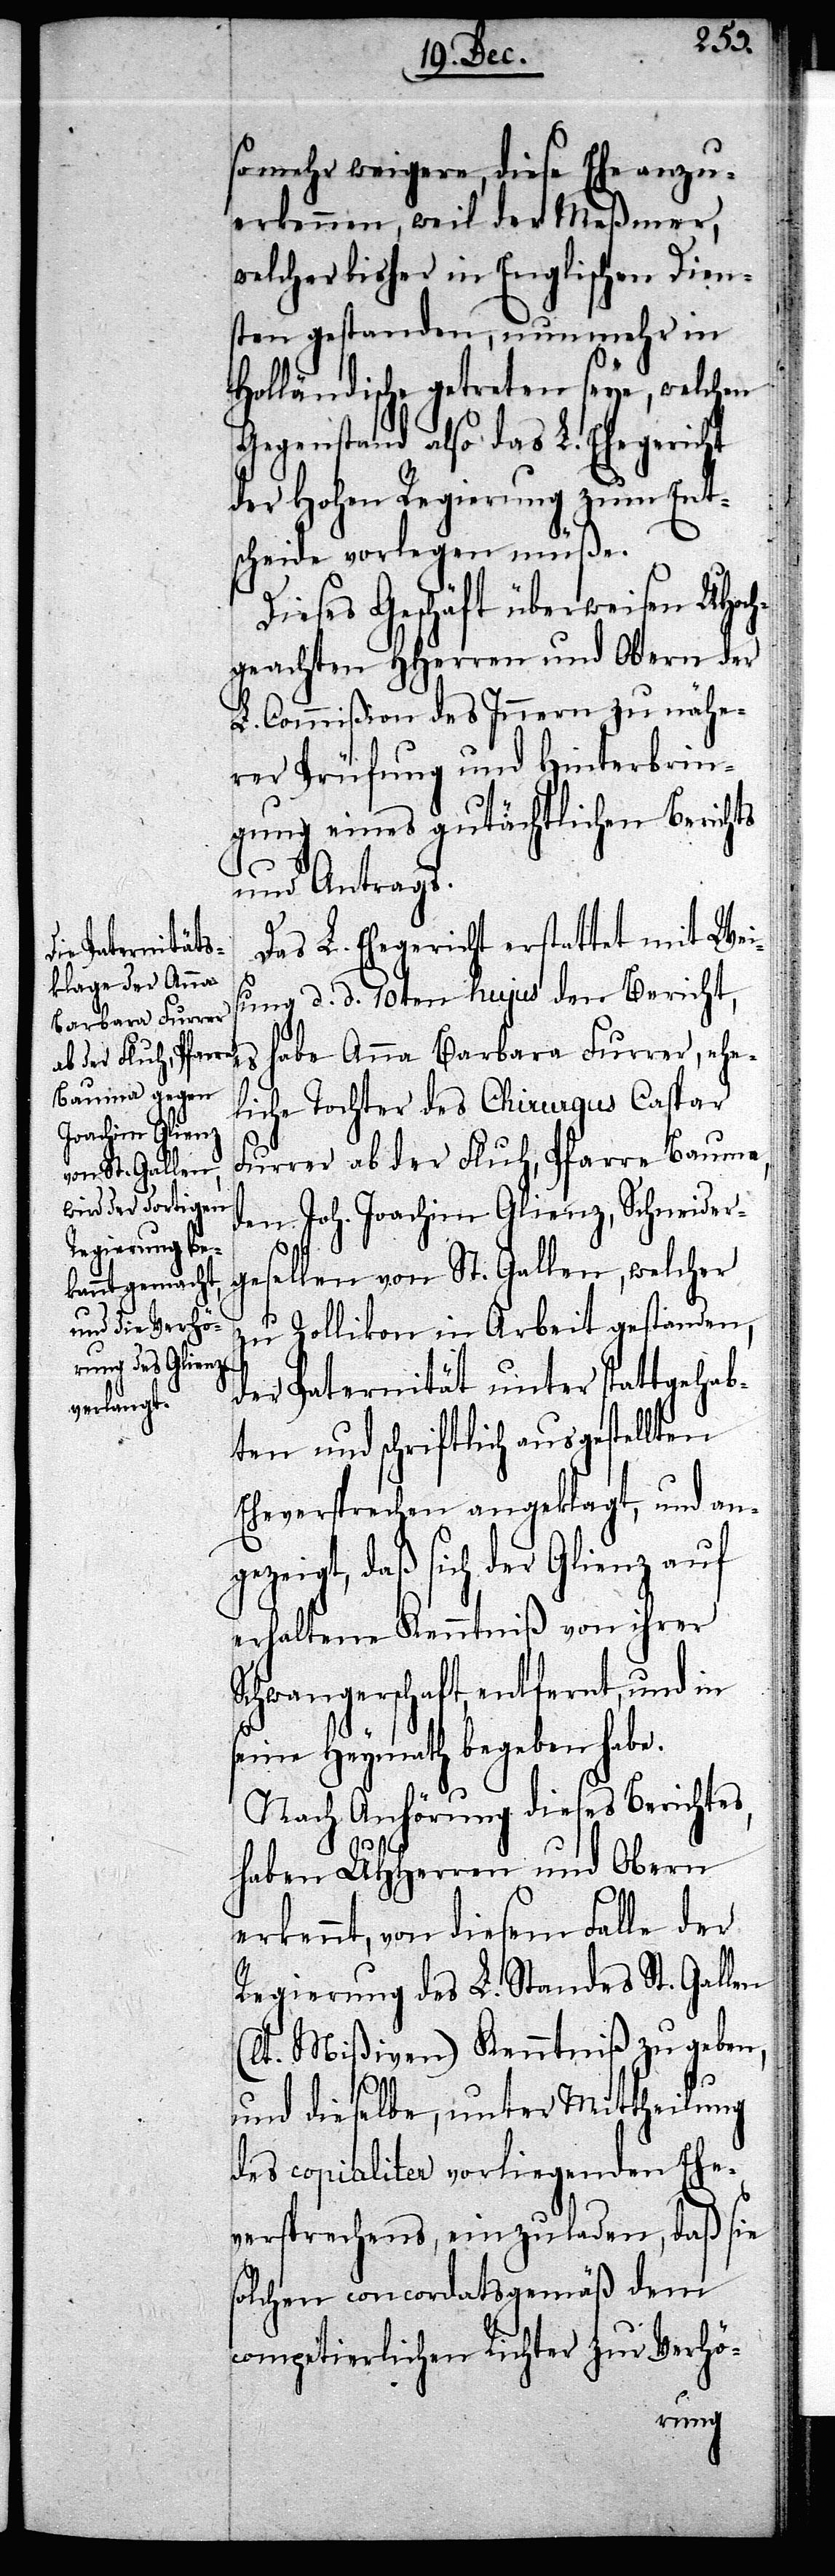
Schneider¬

so mehr weigere, diese Ehe anzu¬
erkennen, weil der Meßmer,
welcher bisher in Englischen Dien¬
sten gestanden, nunmehr in
Holländische getreten seye, welchen
Gegenstand also das L. Ehegericht
der Hohen Regierung zum Ent¬
scheide vorlegen müße.
Dieses Geschäft überweisen UHoch¬
geachten HHerren und Obern der
L. Commißion des Innern zur nähe¬
rn Prüfung und Hinterbrin¬
gung eines gutächtlichen Berichts
und Antrags.
Das L. Ehegericht erstattet mit Wei¬
sung d. d. 10ten hujus den Bericht,
habe Anna Barbara Furrer, ehe¬
liche Tochter des Chirurgus Caspar
Furrer ab der Fluh, Pfarre Bauma,
gesellen von St. Gallen, welcher
zu Zollikon in Arbeit gestanden,
der Paternität unter stattgehab¬
ten und schriftlich ausgestellten
Eheversprechen angeklagt, und an¬
gezeigt, daß sich der Glienz auf
erhaltene Kenntniß von ihrer
Schwangerschaft entfernt, und in
seine Heymath begeben habe.
Nach Anhörung dieses Berichtes,
haben UHHerren und Obern
erkennt, von diesem Falle der
Regierung des L. Standes St. Gallen
(lt. Mißiven) Kenntniß zu geben,
und dieselbe, unter Mittheilung
des copialiter vorliegenden Ehe¬
versprechens, einzuladen, daß sie
solchen concordatsgemäß dem
competierlichen Richter zur Verhö-